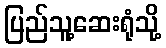
ပြည်သူ့ဆေးရုံသို့